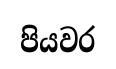
පියවර